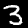
Label: 3